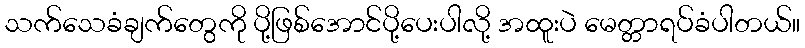
သက်သေခံချက်တွေကို ပို့ဖြစ်အောင်ပို့ပေးပါလို့ အထူးပဲ မေတ္တာရပ်ခံပါတယ်။